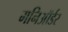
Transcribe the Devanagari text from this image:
मनिऑर्डर